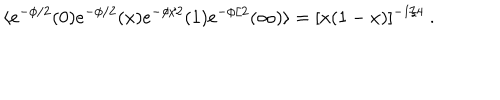
\langle e ^ { - \phi / 2 } ( 0 ) e ^ { - \phi / 2 } ( x ) e ^ { - \phi / 2 } ( 1 ) e ^ { - \phi / 2 } ( \infty ) \rangle = [ x ( 1 - x ) ] ^ { - 1 / 4 } \ .